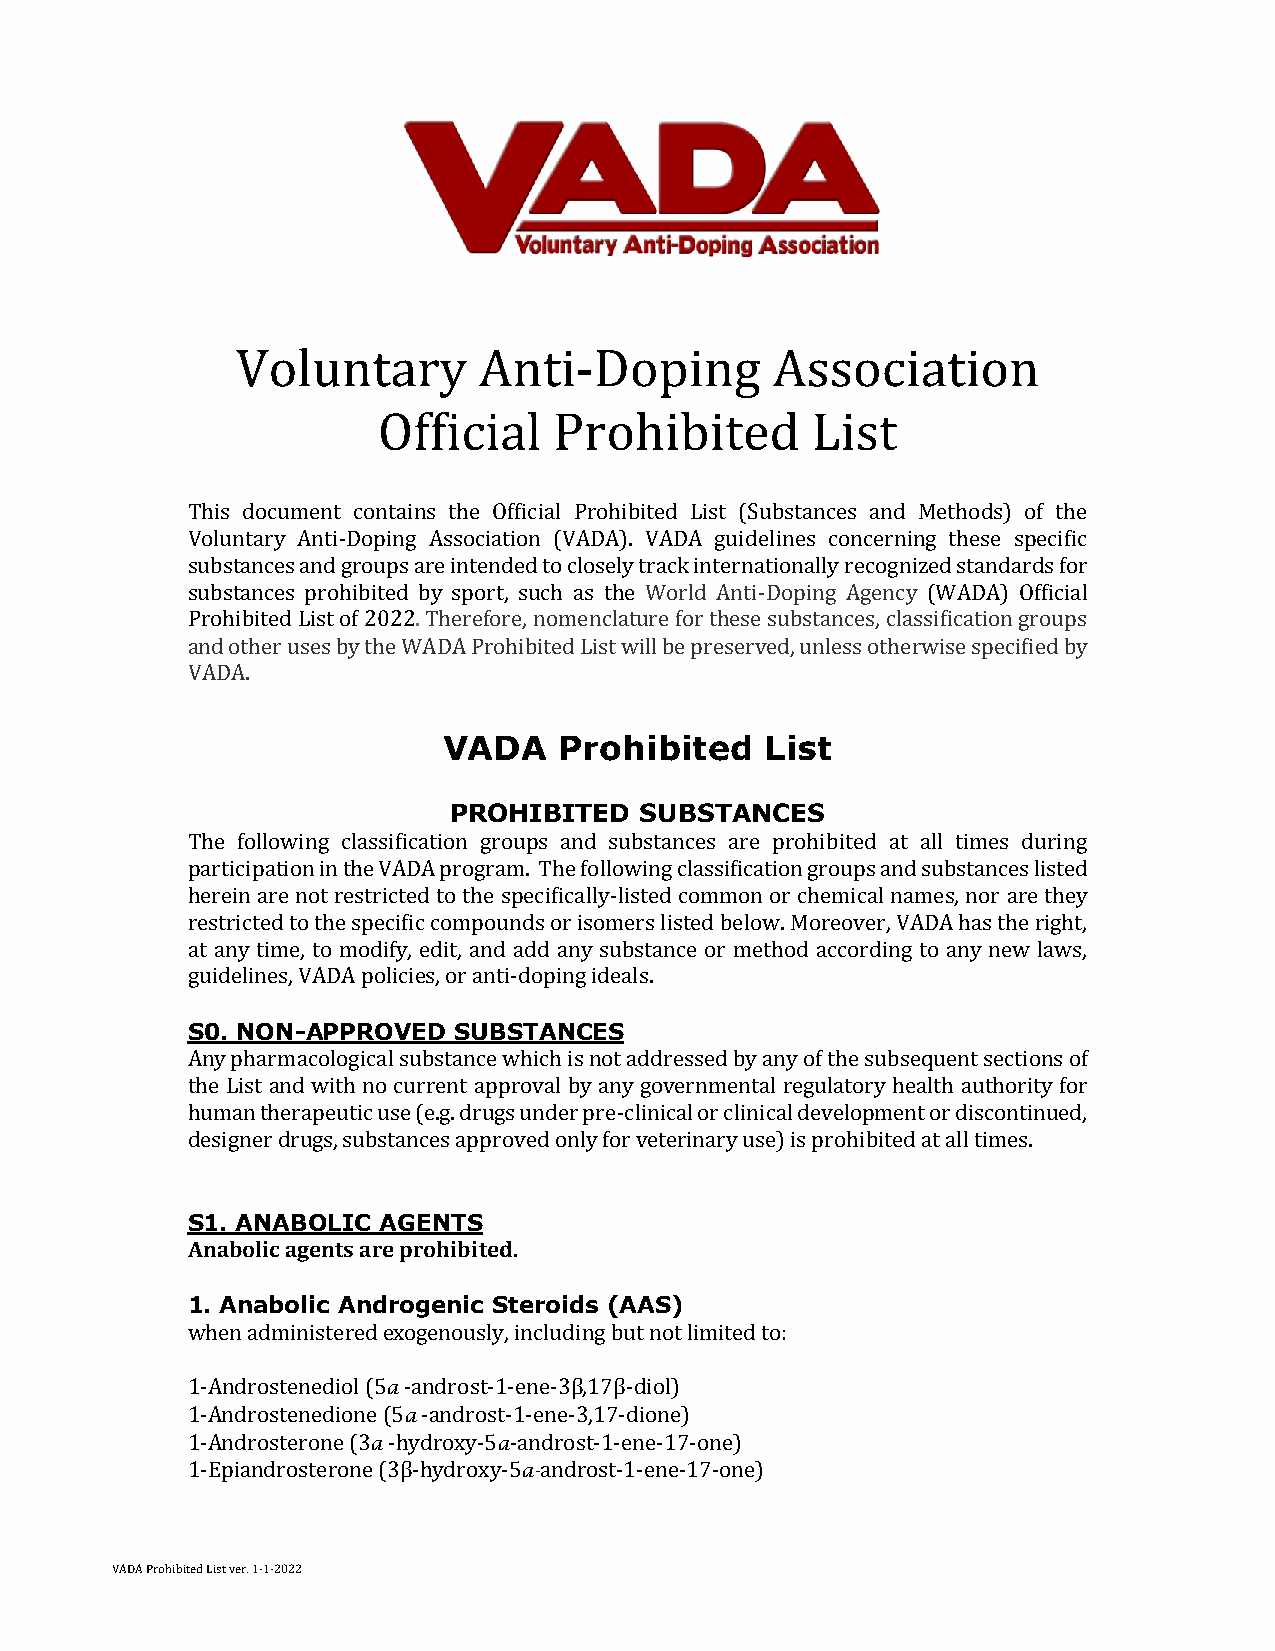
Voluntary       Anti-Doping        Association
 Official    Prohibited       List
 This document contains the Official Prohibited List (Substances and Methods) of the
 Voluntary Anti-Doping Association (VADA). VADA guidelines concerning these specific
 substances and groups are intended to closely track internationally recognized standards for
 substances prohibited by sport, such as the World Anti-Doping Agency (WADA) Official
 Prohibited List of 2022. Therefore, nomenclature for these substances, classification groups
 and other uses by the WADA Prohibited List will be preserved, unless otherwise specified by
 VADA.
 VADA    Prohibited    List
 PROHIBITED  SUBSTANCES
 The following classification groups and substances are prohibited at all times during
 participation in the VADA program. The following classification groups and substances listed
 herein are not restricted to the specifically-listed common or chemical names, nor are they
 restricted to the specific compounds or isomers listed below. Moreover, VADA has the right,
 at any time, to modify, edit, and add any substance or method according to any new laws,
 guidelines, VADA policies, or anti-doping ideals.
 S0. NON-APPROVED  SUBSTANCES
 Any pharmacological substance which is not addressed by any of the subsequent sections of
 the List and with no current approval by any governmental regulatory health authority for
 human therapeutic use (e.g. drugs under pre-clinical or clinical development or discontinued,
 designer drugs, substances approved only for veterinary use) is prohibited at all times.
 S1. ANABOLIC AGENTS
 Anabolic agents are prohibited.
 1. Anabolic Androgenic Steroids (AAS)
 when administered exogenously, including but not limited to:
 1-Androstenediol (5a -androst-1-ene-3β,17β-diol)
 1-Androstenedione (5a -androst-1-ene-3,17-dione)
 1-Androsterone (3a -hydroxy-5a-androst-1-ene-17-one)
 1-Epiandrosterone (3β-hydroxy-5a-androst-1-ene-17-one)
 VADA Prohibited List ver. 1-1-2022